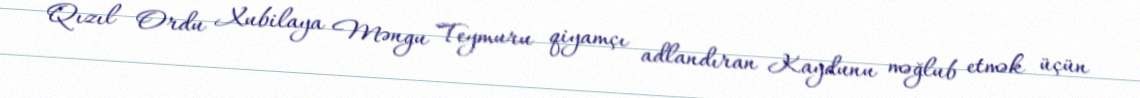
Qızıl Ordu Xubilaya Məngu Teymuru qiyamçı adlandıran Kaydunu məğlub etmək üçün